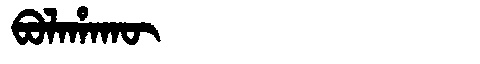
Manchu: ᠪᠣᠯᠠᡥᠠᡴᡡ
Romanization: BOLAHAKŪ